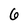
Character: 6